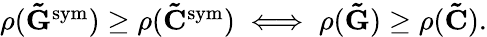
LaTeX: \begin{array}{r}{\rho(\mathbf{\tilde{G}}^{\mathrm{sym}})\geq\rho(\mathbf{\tilde{C}}^{\mathrm{sym}})\iff\rho(\mathbf{\tilde{G}})\geq\rho(\mathbf{\tilde{C}}).}\end{array}